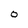
Character: 0